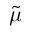
\tilde { \mu }